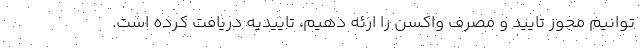
توانیم مجوز تایید و مصرف واکسن را ارئه دهیم، تاییدیه دریافت کرده است.